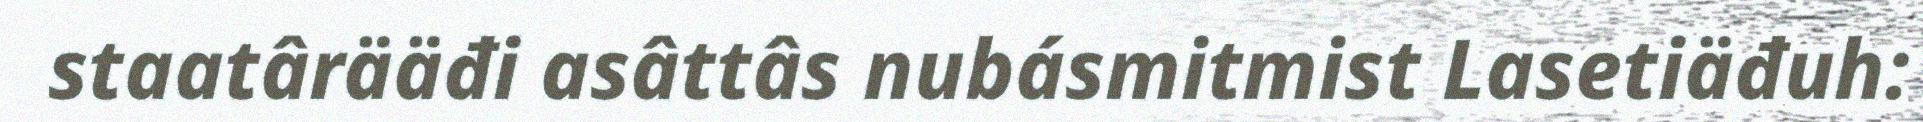
staatârääđi asâttâs nubásmitmist Lasetiäđuh: